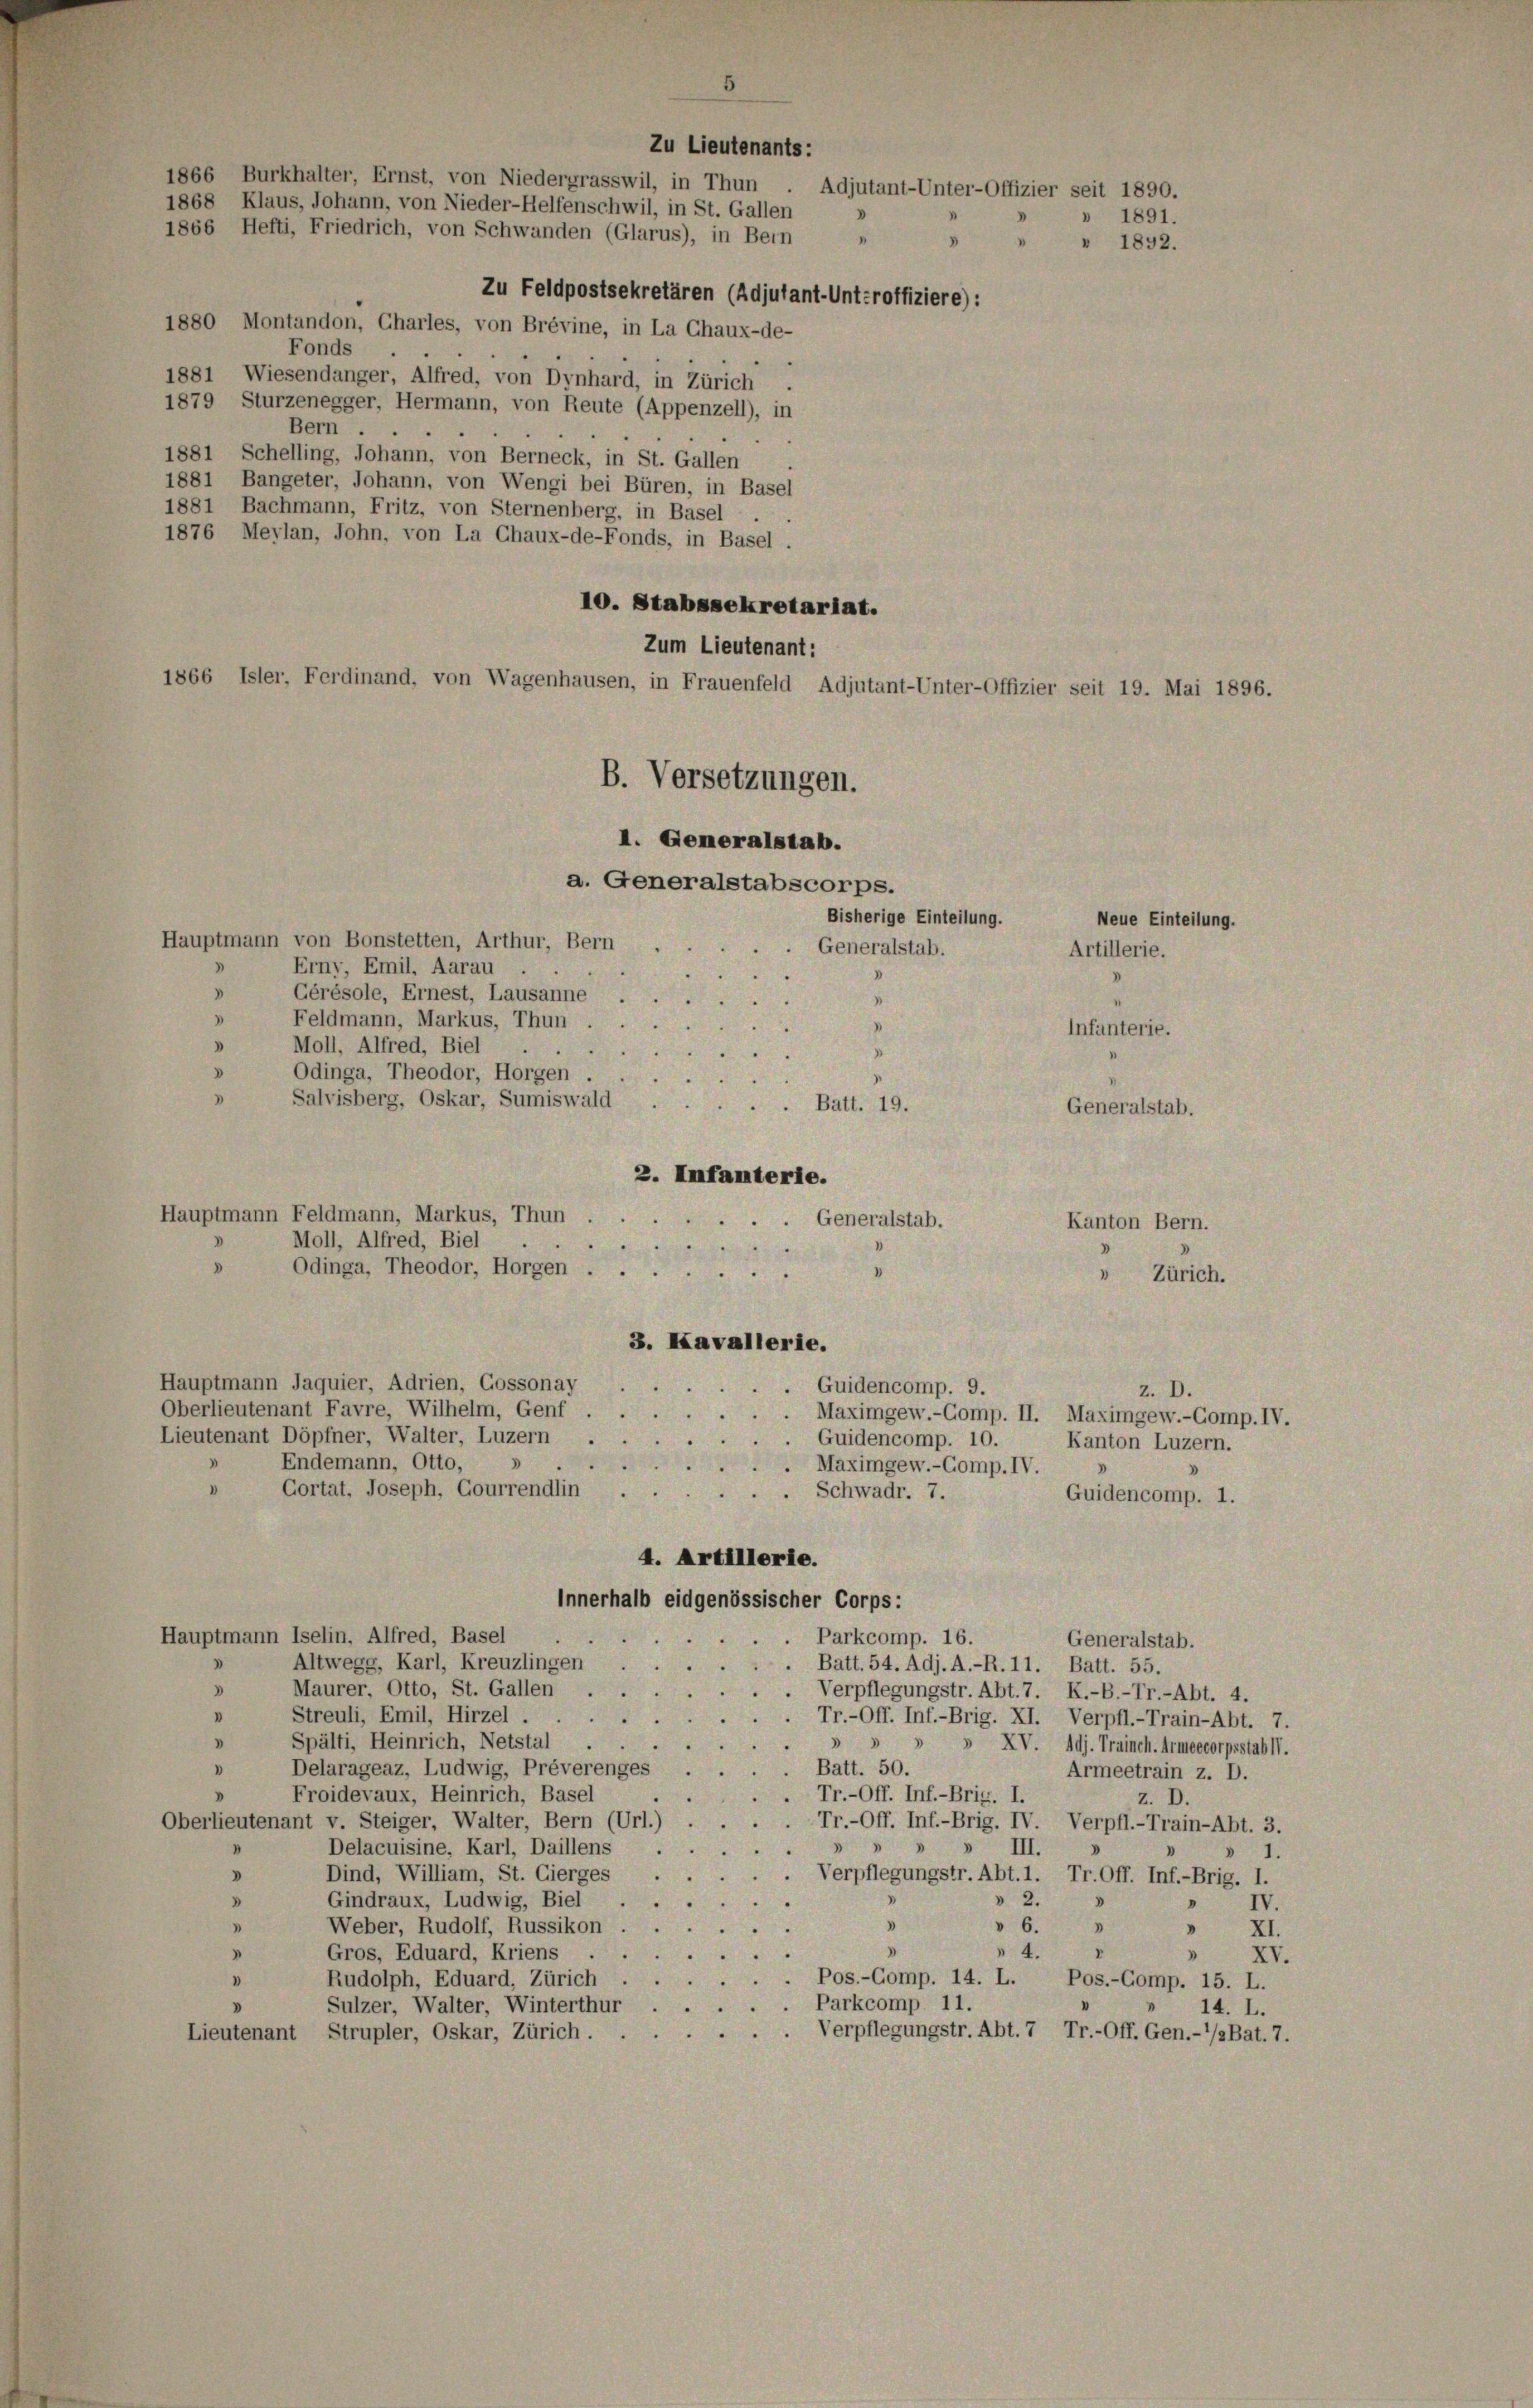
1866 Burkhalter, Ernst, von Niedergrasswil, in Thun
1868 Klaus, Johann, von Nieder-Helfenschwil, in St. Gallen
1866 Hefti, Friedrich, von Schwanden (Glarus), in Bein " " " 1892.
Zu Feldpostsekretären (Adjutant-Unteroffiziere):
1880 Montandon, Charles, von Brévine, in La Chaux-de-
Fonds
i
1881 Wiesendanger, Alfred, von Dynhard, in Zürich .
1879 Sturzenegger, Hermann, von Reute (Appenzell), in
Bern .
1881 Schelling, Johann, von Berneck, in St. Gallen
1881 Bangeter, Johann, von Wengi bei Büren, in Basel
1881 Bachmann, Fritz, von Sternenberg, in Basel .
1876 Meylan, John, von La Chaux-de-Fonds, in Basel.
10. Stabssekretariat.
Zum Lieutenant:
1866 Isler, Ferdinand, von Wagenhausen, in Frauenfeld Adjutant-Unter-Offizier seit 19. Mai 1896.
B. Versetzungen.
I. Generalstab.
a. Generalstabscorps.
Bisherige Einteilung.
Hauptmann von Bonstetten, Arthur, Bern
Generalstab.
Erny, Emil, Aarau
s
Gérésole, Ernest, Lausanne
4
Feldmann, Markus, Thun
Infanterie.
Moll, Alfred, Biel
a
Odinga, Theodor, Horgen.
Salvisberg, Oskar, Sumiswald
.
Batt. 19.
Generalstab.
2. Infanterie.
Hauptmann Feldmann, Markus, Thun
Generalstab.
d
Kanton Bern.
Moll, Alfred, Biel
5
D
Odinga, Theodor, Horgen
3
» Zürich.
3. Kavallerie.
Hauptmann Jaquier, Adrien, Gossonay
.
Guidencomp. 9.
d
z. D.
Oberlieutenant Favre, Wilhelm, Genf
... Maximgew.-Comp. II. Maximgew.-Comp. IV.
Lieutenant Döpfner, Walter, Luzern
s
Guidencomp. 10.
.
Kanton Luzern.
Endemann, Otto,
Maximgew.-Comp. IV.
D
Gortat, Joseph, Gourrendlin .
. Schwadr. 7.
Guidencomp. 1.
4. Artillerie.
Innerhalb eidgenössischer Corps:
Hauptmann Iselin, Alfred, Basel
Parkcomp. 16.
Generalstab.
Altwegg, Karl, Kreuzlingen
Batt. 54. Adj. A.-R. 11. Batt. 55.
Maurer, Otto, St. Gallen
3
Verpflegungstr. Abt.7. K.-B.-Tr.-Abt. 4.
Streuli, Emil, Hirzel .
Tr.-Off. Inf.-Brig. XI. Verpfl.-Train-Abt. 7.
Spälti, Heinrich, Netstal
3
» XV. Adj. Trainch. Armeecorpsstab.
Batt. 50.
Delarageaz, Ludwig, Préverenges
Armeetrain z. D.
Froidevaux, Heinrich, Basel
v
Tr.-Off. Inf.-Brig. I.
z. D.
Oberlieutenant v. Steiger, Walter, Bern (Url.)
Tr.-Off. Inf.-Brig. IV. Verpfl.-Train-Abt. 3.
Delacuisine, Karl, Daillens
n
III.
1.
Dind, William, St. Gierges
d
Verpflegungstr. Abt. 1. Tr. Off. Inf.-Brig. I.
2.
Gindraux, Ludwig, Biel
.
IV.
1
.
Weber, Rudolf, Russikon
 6. „ „ XI.
.
V
.
4.
Gros, Eduard, Kriens .
XV.
Rudolph, Eduard, Zürich . .
Pos.-Gomp. 14. L. Pos.-Comp. 15. L.
. Parkcomp. 11.
Sulzer, Walter, Winterthur ..
14. L.
Lieutenant Strupler, Oskar, Zürich . . . . . . . Verpflegungstr. Abt. 7 Tr.-Off. Gen.- ’/»Bat. 7.

Zu Lieutenants:
Adjutant-Unter-Offizier seit 1890.
» 1891.

Neue Einteilung.
Artillerie.